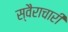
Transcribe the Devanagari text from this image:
स्वैराचारी